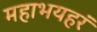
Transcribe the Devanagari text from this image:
महाभयहरं